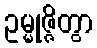
ဥမ္မုဇ္ဇိတွာ